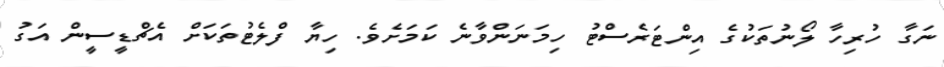
ނަގާ ހުރިހާ ލޯނުތަކުގެ އިންޓަރެސްޓު ހިމަނަންވާނެ ކަމަށެވެ. ހިޔާ ފްލެޓުތަކަށް އެޗްޑީސީން އަގު